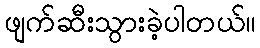
ဖျက်ဆီးသွားခဲ့ပါတယ်။